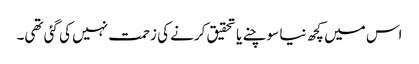
اس میں کچھ نیا سوچنے یا تحقیق کرنے کی زحمت نہیں کی گئی تھی۔